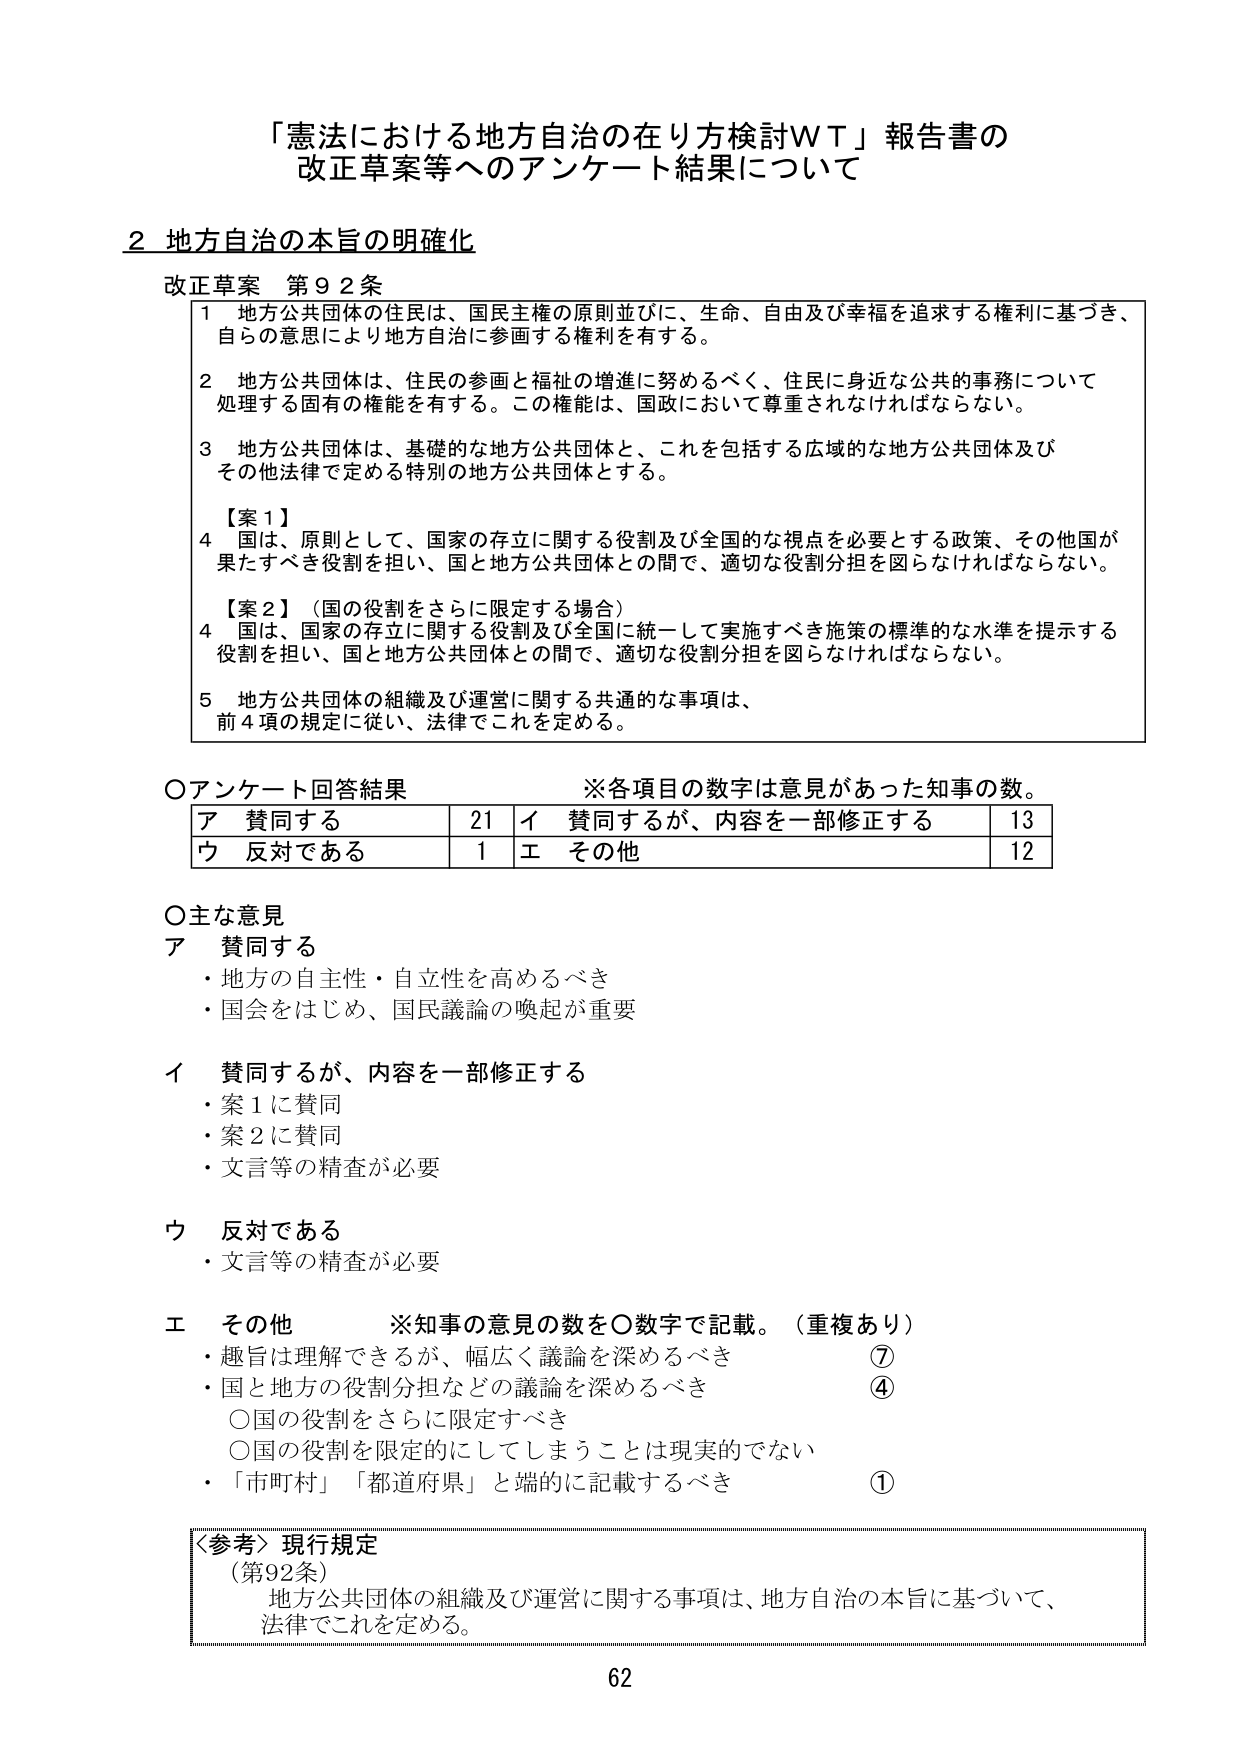
「憲法における地方自治の在り方検討ＷＴ」報告書の
改正草案等へのアンケート結果について

２ 地方自治の本旨の明確化

改正草案 第９２条

１ 地方公共団体の住民は、国民主権の原則並びに、生命、自由及び幸福を追求する権利に基づき、
自らの意思により地方自治に参画する権利を有する。

２ 地方公共団体は、住民の参画と福祉の増進に努めるべく、住民に身近な公共の事務について
処理する固有の権能を有する。この権能は、国政において尊重されなければならない。

３ 地方公共団体は、基礎的な地方公共団体と、これを包括する広域的な地方公共団体及び
その他法律で定める特別の地方公共団体とする。

【案１】
４ 国は、原則として、国家の存立に関する役割及び全国的な視点を必要とする政策、その他国が
果たすべき役割を担い、国と地方公共団体との間で、適切な役割分担を図らなければならない。

【案２】（国の役割をさらに限定する場合）
４ 国は、国家の存立に関する役割及び全国に統一して実施すべき施策の標準的な水準を提示する
役割を担い、国と地方公共団体との間で、適切な役割分担を図らなければならない。

５ 地方公共団体の組織及び運営に関する共通的な事項は、
前４項の規定に従い、法律でこれを定める。

○アンケート回答結果　　※各項目の数字は意見があった知事の数。

ア 賛同する　　　　　　　21　　イ 賛同するが、内容を一部修正する　　　13
ウ 反対である　　　　　　　1　　エ その他　　　　　　　　　　　　　　　12

○主な意見

ア 賛同する
・地方の自主性・自立性を高めるべき
・国会をはじめ、国民議論の喚起が重要

イ 賛同するが、内容を一部修正する
・案１に賛同
・案２に賛同
・文言等の精査が必要

ウ 反対である
・文言等の精査が必要

エ その他　　※知事の意見の数を○数字で記載。（重複あり）
・趣旨は理解できるが、幅広く議論を深めるべき　　　　　　　　　⑦
・国と地方の役割分担などの議論を深めるべき　　　　　　　　　　④
　○国の役割をさらに限定すべき
　○国の役割を限定的にしてしまうことは現実的でない
・「市町村」「都道府県」と端的に記載するべき　　　　　　　　　①

〈参考〉現行規定
（第92条）
地方公共団体の組織及び運営に関する事項は、地方自治の本旨に基づいて、
法律でこれを定める。

62